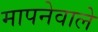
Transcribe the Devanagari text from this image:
मापनेवाले